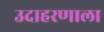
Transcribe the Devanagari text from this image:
उदाहरणाला